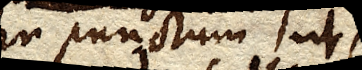
seu punctum ut